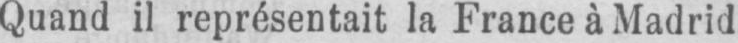
Quand il représentait la France à Madrid